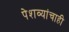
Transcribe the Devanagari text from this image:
पेशव्यांचाही